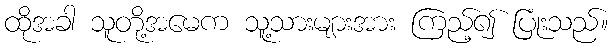
ထိုအခါ သူတို့အမေက သူ့သားများအား ကြည့်၍ ပြုံးသည်။